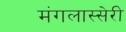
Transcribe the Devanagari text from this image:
मंगलास्सेरी